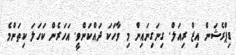
ޑިޕްރެޝަން އިޒް ރިއަލް. ގިނަގިނައިން މި ވާހަކަ ދައްކަންވީ. އަހަރެން ކަހަލަ ކިތަންމެ